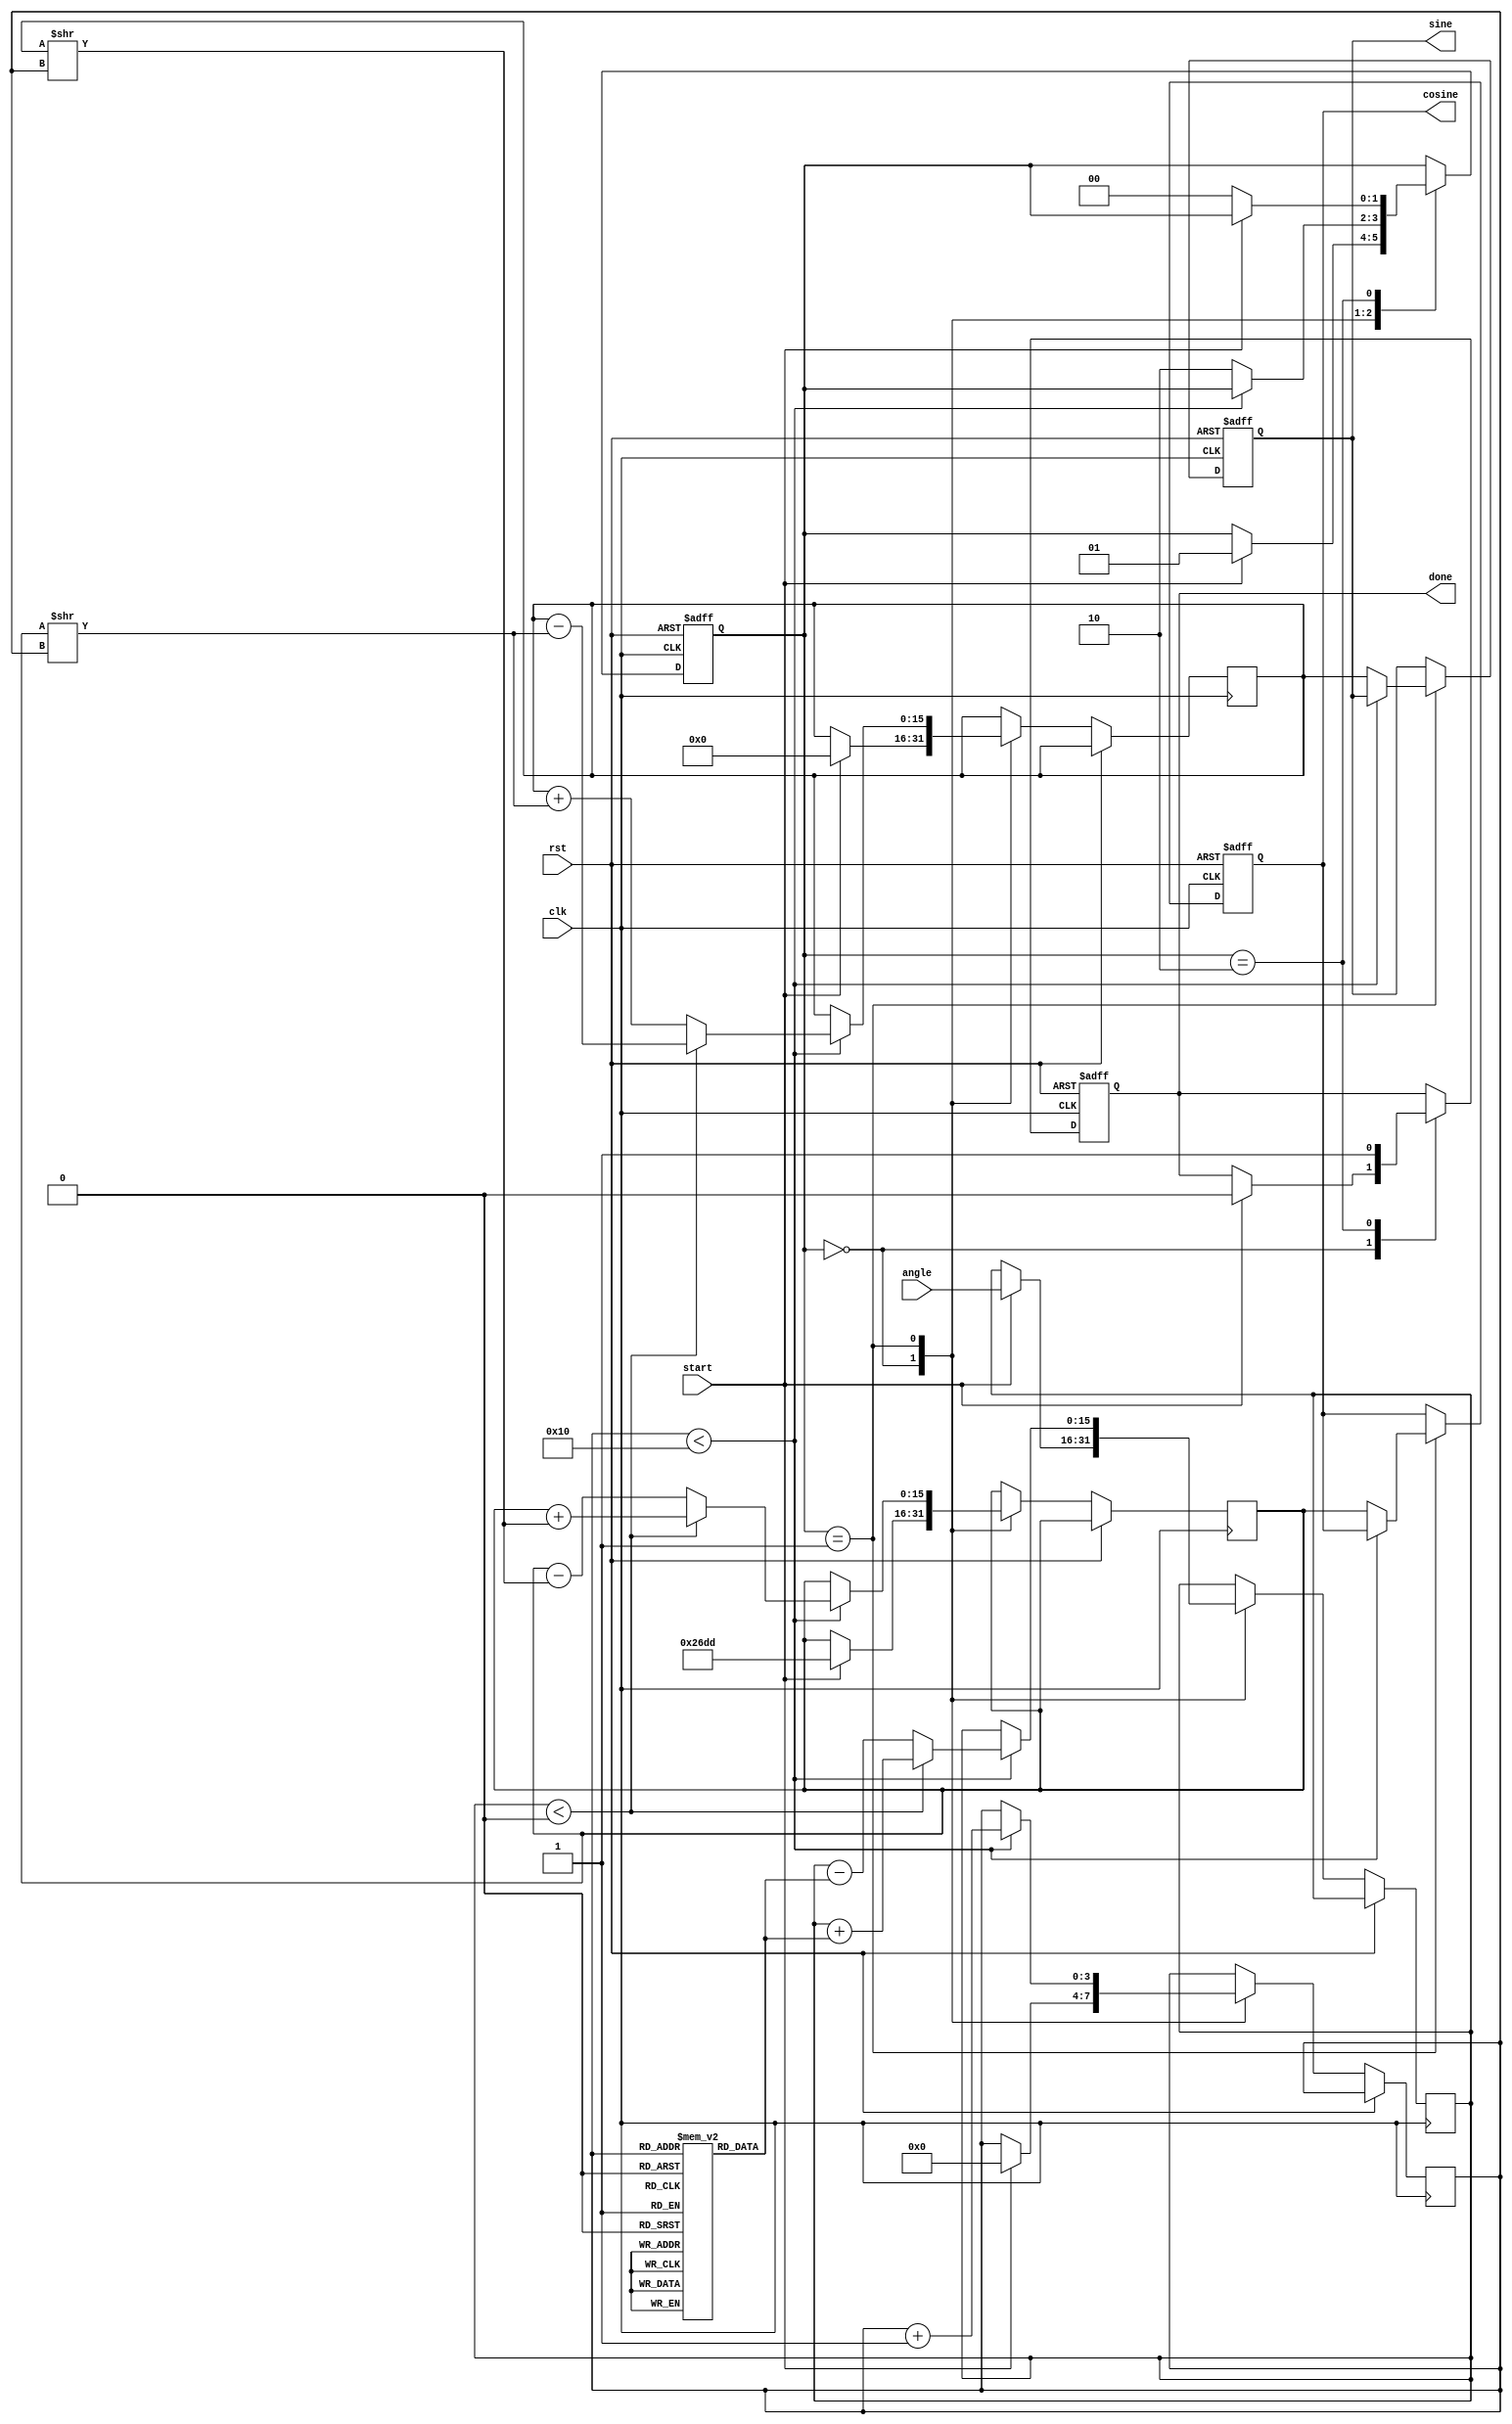
module cordic (
    input wire clk,
    input wire rst,
    input wire [15:0] angle, // Input angle in fixed-point format
    input wire start,
    output reg [15:0] cosine, // Output cosine value
    output reg [15:0] sine,   // Output sine value
    output reg done
);

    // Parameters
    parameter NUM_ITERATIONS = 16; // Number of iterations for CORDIC
    parameter ANGLE_WIDTH = 16; // Width for angle representation
    parameter LUT_SIZE = 16; // Size of the LUT

    // Pre-computed arctangent values (in fixed-point format)
    reg [ANGLE_WIDTH-1:0] atan_lut [0:LUT_SIZE-1];
    initial begin
        atan_lut[0] = 16'h0000; // atan(0)
        atan_lut[1] = 16'h1C71; // atan(1/2^1)
        atan_lut[2] = 16'h1A62; // atan(1/2^2)
        atan_lut[3] = 16'h186A; // atan(1/2^3)
        atan_lut[4] = 16'h1780; // atan(1/2^4)
        atan_lut[5] = 16'h16C2; // atan(1/2^5)
        atan_lut[6] = 16'h162E; // atan(1/2^6)
        atan_lut[7] = 16'h159A; // atan(1/2^7)
        atan_lut[8] = 16'h1500; // atan(1/2^8)
        atan_lut[9] = 16'h1480; // atan(1/2^9)
        atan_lut[10] = 16'h1400; // atan(1/2^10)
        atan_lut[11] = 16'h1380; // atan(1/2^11)
        atan_lut[12] = 16'h1300; // atan(1/2^12)
        atan_lut[13] = 16'h1280; // atan(1/2^13)
        atan_lut[14] = 16'h1200; // atan(1/2^14)
        atan_lut[15] = 16'h1180; // atan(1/2^15)
    end

    // Internal registers
    reg [ANGLE_WIDTH-1:0] x, y, z;
    reg [3:0] i; // Iteration counter
    reg [1:0] state; // State machine for control logic

    // State machine states
    localparam IDLE = 2'b00;
    localparam COMPUTE = 2'b01;
    localparam DONE = 2'b10;

    // Control logic
    always @(posedge clk or posedge rst) begin
        if (rst) begin
            state <= IDLE;
            done <= 0;
            cosine <= 0;
            sine <= 0;
        end else begin
            case (state)
                IDLE: begin
                    if (start) begin
                        // Initialize values
                        x <= 16'h26DD; // Initial x = K (scaling factor)
                        y <= 0;
                        z <= angle;
                        i <= 0;
                        state <= COMPUTE;
                        done <= 0;
                    end
                end
                COMPUTE: begin
                    if (i < NUM_ITERATIONS) begin
                        if (z < 0) begin
                            // Rotate clockwise
                            x <= x + (y >> i);
                            y <= y - (x >> i);
                            z <= z + atan_lut[i];
                        end else begin
                            // Rotate counterclockwise
                            x <= x - (y >> i);
                            y <= y + (x >> i);
                            z <= z - atan_lut[i];
                        end
                        i <= i + 1;
                    end else begin
                        // Store results
                        cosine <= x;
                        sine <= y;
                        state <= DONE;
                    end
                end
                DONE: begin
                    done <= 1; // Indicate computation is done
                    if (!start) begin
                        state <= IDLE; // Reset state on new start
                    end
                end
            endcase
        end
    end

endmodule